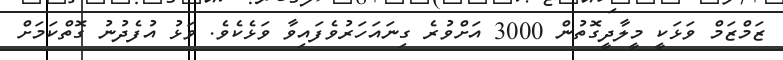
ޒަމްޒަމް ވަޅަކީ މީލާދީގޮތުން 3000 އަށްވުރެ ގިނައަހަރުވެފައިވާ ވަޅެކެވެ. ވަޅު އުފެދުނު ގޮތްކަމަށް